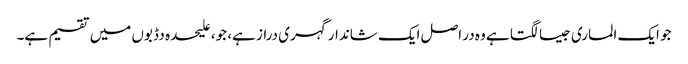
جو ایک الماری جیسا لگتا ہے وہ در اصل ایک شاندار گہری دراز ہے، جو، علیحدہ دڈبوں میں تقسیم ہے۔